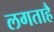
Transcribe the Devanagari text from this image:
लगताहै